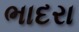
ભાદરા